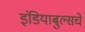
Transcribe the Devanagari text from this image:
इंडियाबुल्सचे